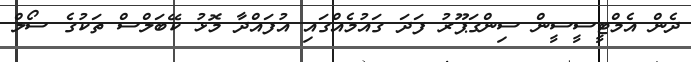
ދެން އެމްޓީސީސީން ސިންގަޕޫރު ފަދަ ގައުމެއްގައި އުފައްދާ މޮޅު ކޭބަލްސް ތަކުގެ ސޯލް